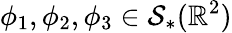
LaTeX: \phi_{1},\phi_{2},\phi_{3}\in\mathcal{S}_{*}(\mathbb{R}^{2})